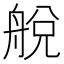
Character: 𦩃